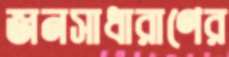
জনসাধারাণের